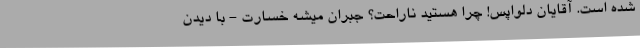
شده است. آقایان دلواپس! چرا هستید ناراحت؟ جبران میشه خسارت - با دیدن